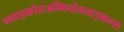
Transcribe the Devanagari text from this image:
ग्लाइकोसअमिनोग्लाइकन्स